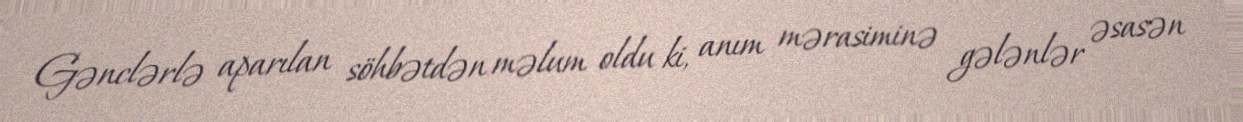
Gənclərlə aparılan söhbətdən məlum oldu ki, anım mərasiminə gələnlər əsasən